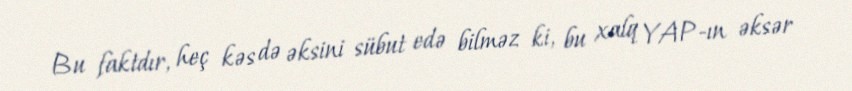
Bu faktdır, heç kəs də əksini sübut edə bilməz ki, bu xalq YAP-ın əksər